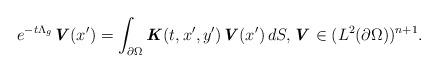
LaTeX: \begin{align*} e^{-t\Lambda_g} \textbf{\textit{V}}(x^{\prime}) = \int_{\partial \Omega} \textbf{\textit{K}}(t,x^{\prime},y^{\prime})\textbf{\textit{V}}(x^{\prime}) \,dS, \textbf{\textit{V}} \in (L^{2}(\partial \Omega))^{n+1}.\end{align*}